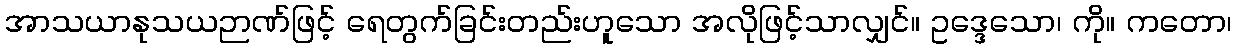
အာသယာနုသယဉာဏ်ဖြင့် ရေတွက်ခြင်းတည်းဟူသော အလိုဖြင့်သာလျှင်။ ဥဒ္ဒေသော၊ ကို။ ကတော၊